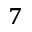
^ 7